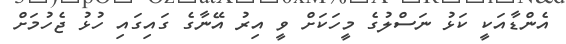
އެންޑާއަކީ ކަޅު ނަސްލުގެ މީހަކަށް ވީ އިރު އޭނާގެ ގައިގައި ހުޅު ޖެހުމަށް